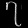
Digit: ၇